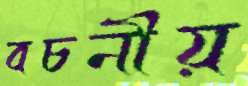
বচনীয়